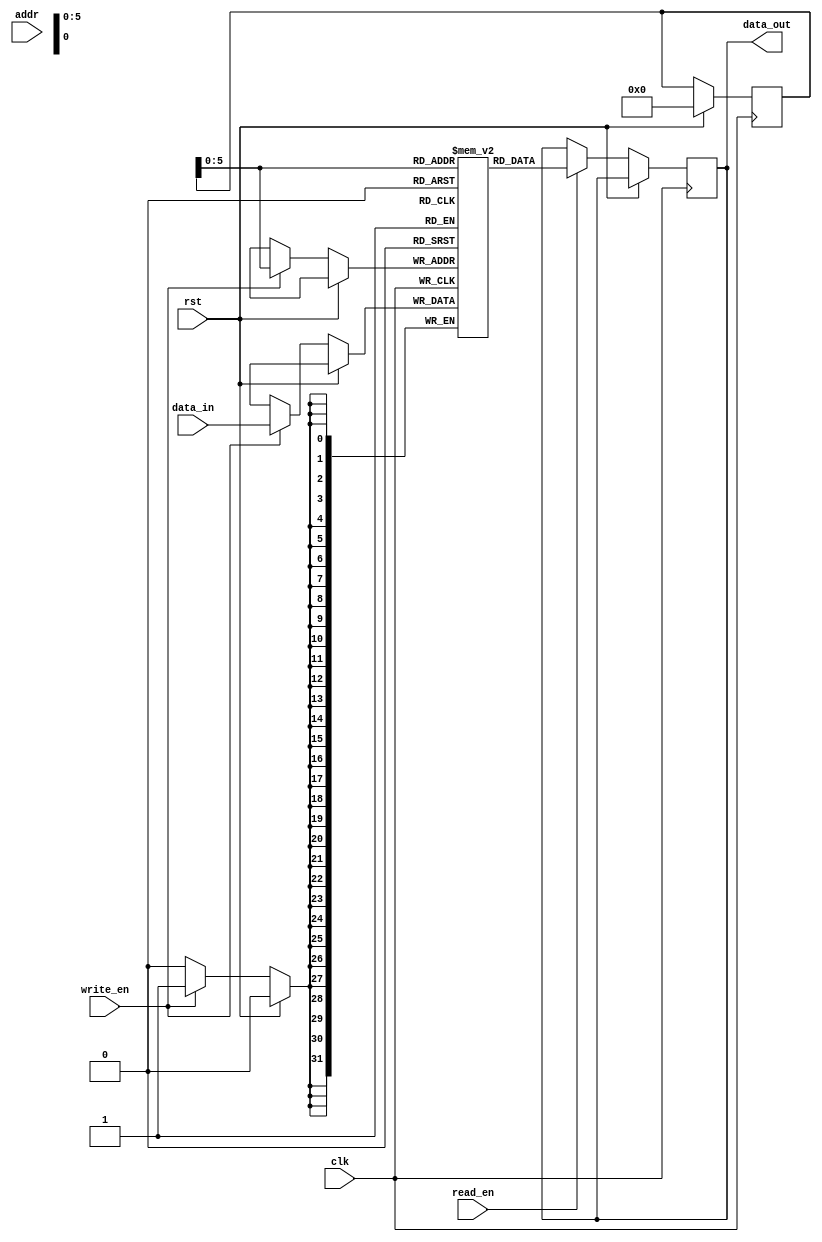
module SDRAM (
    input wire clk,
    input wire rst,
    input wire read_en,
    input wire write_en,
    input wire [ADDR_WIDTH-1:0] addr,
    input wire [DATA_WIDTH-1:0] data_in,
    output reg [DATA_WIDTH-1:0] data_out
);

parameter ADDR_WIDTH = 10;
parameter DATA_WIDTH = 32;
parameter MEM_BLOCKS = 64;

reg [DATA_WIDTH-1:0] memory [MEM_BLOCKS-1:0];
reg [MEM_BLOCKS-1:0] mem_block_address;

always @(posedge clk) begin
    if (rst) begin
        mem_block_address <= 0;
    end else begin
        if (read_en) begin
            data_out <= memory[mem_block_address];
        end
        if (write_en) begin
            memory[mem_block_address] <= data_in;
        end
    end
end

endmodule